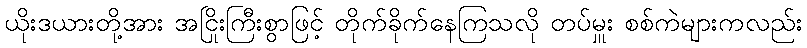
ယိုးဒယားတို့အား အငြိုးကြီးစွာဖြင့် တိုက်ခိုက်နေကြသလို တပ်မှူး စစ်ကဲများကလည်း